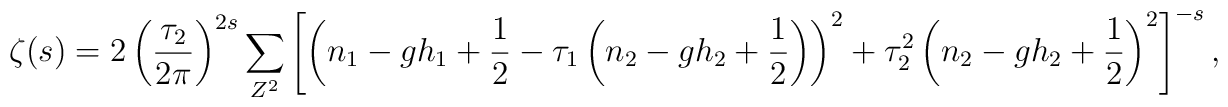
\zeta(s)=2\left(\frac{\tau_2}{2\pi}\right )^{2s}\sum_{ Z^2}\left [\left (n_1-g h_1+\frac{1}{2}-\tau_1\left ( n_2-g h_2+\frac{1}{2}\right )\right )^2+\tau_2^2  \left (n_2-g h_2+\frac{1}{2}\right )^2\right  ]^{-s},